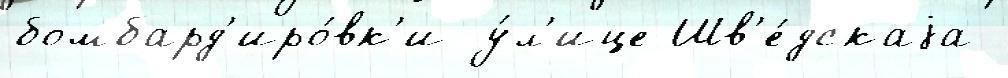
бомбард'иро́вк'и у́л'ице Шв'е́дскаjа